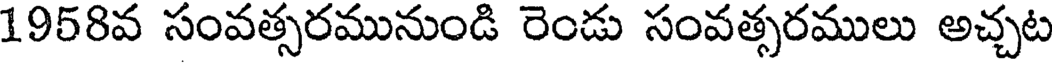
1958వ సంవత్సరమునుండి రెండు సంవత్సరములు అచ్చట